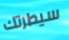
سيطرتك